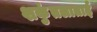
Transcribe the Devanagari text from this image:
शकुंतलाताई